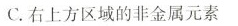
C.右上方区域的非金属元素